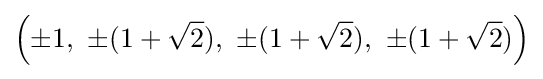
\left(\pm 1,\ \pm (1+{\sqrt {2}}),\ \pm (1+{\sqrt {2}}),\ \pm (1+{\sqrt {2}})\right)